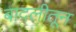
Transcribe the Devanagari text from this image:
बादलीतून